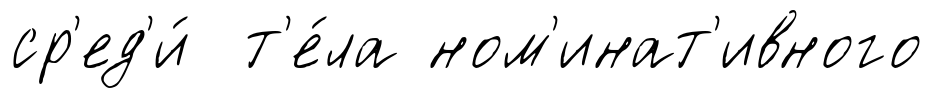
ср'ед'и́ т'е́ла ном'инат'ивного